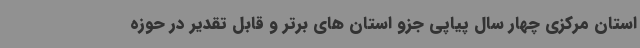
استان مرکزی چهار سال پیاپی جزو استان های برتر و قابل تقدیر در حوزه